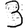
Digit: 3